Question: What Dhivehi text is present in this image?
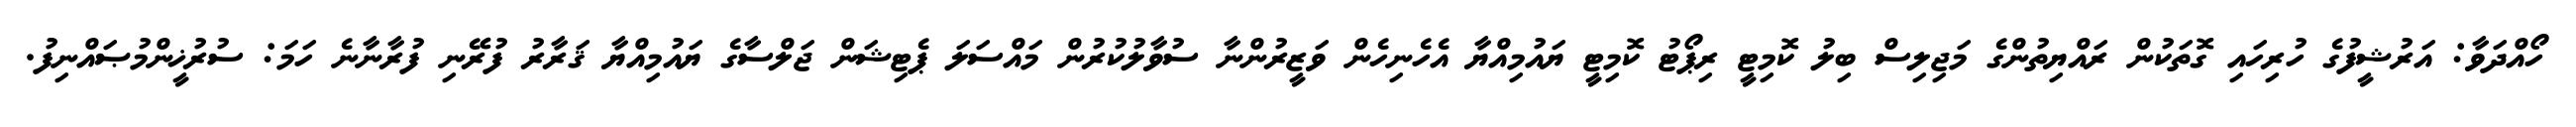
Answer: ހޯއްދަވާ: އަރުޝީފުގެ ހުރިހައި ގޮތަކުން ރައްޔިތުންގެ މަޖިލިސް ބިލު ކޮމިޓީ ރިޕޯޓު ކޮމިޓީ ޔައުމިއްޔާ އެހެނިހެން ވަޒީރުންނާ ސުވާލުކުރުން މައްސަލަ ޕެޓިޝަން ޖަލްސާގެ ޔައުމިއްޔާ ޤަރާރު ފުރޭނި ފުރާނާނެ ހަމަ: ސުރުޚީންމުޞައްނިފު.